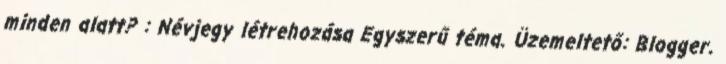
minden alatt? : Névjegy létrehozása Egyszerű téma. Üzemeltető: Blogger.